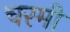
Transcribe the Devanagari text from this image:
चरमी